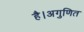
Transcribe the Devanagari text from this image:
है।अगुणित